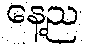
နေ့ည